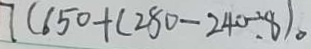
7 ( 6 5 0 + ( 2 8 0 - 2 4 0 \div 8 ) 。